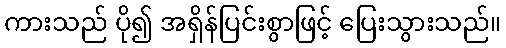
ကားသည် ပို၍ အရှိန်ပြင်းစွာဖြင့် ပြေးသွားသည်။